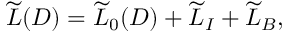
\widetilde { L } ( D ) = \widetilde { L } _ { 0 } ( D ) + \widetilde { L } _ { I } + \widetilde { L } _ { B } ,